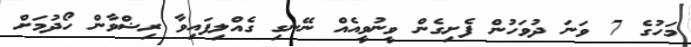
މަހުގެ 7 ވަނަ ދުވަހުން ފެށިގެން ވީނުވީއެއް ނޭނގި ގެއްލިފައިވާ ރިޟްވާން ހޯދުމަށް